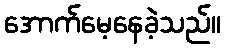
အောက်မေ့နေခဲ့သည်။